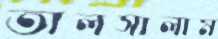
তালসালাম